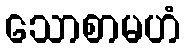
သောစာမဟံ